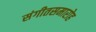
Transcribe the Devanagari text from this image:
संगीतसमारोह